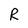
Character: R